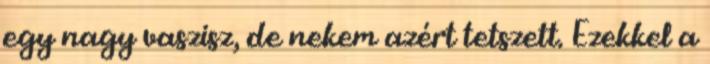
egy nagy vaszisz, de nekem azért tetszett. Ezekkel a